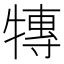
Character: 𭷰